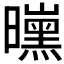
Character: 𱢰